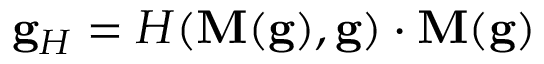
\begin{array} { r } { \mathbf { g } _ { H } = H ( \mathbf { M } ( \mathbf { g } ) , \mathbf { g } ) \cdot \mathbf { M } ( \mathbf { g } ) } \end{array}